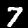
Label: 7